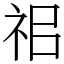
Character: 𥘰